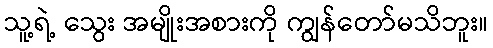
သူ့ရဲ့ သွေး အမျိုးအစားကို ကျွန်တော်မသိဘူး။